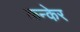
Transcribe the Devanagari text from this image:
कन्केर